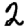
Digit: 2